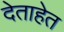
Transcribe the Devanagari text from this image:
देताहेत